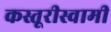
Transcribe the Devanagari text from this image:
कस्तूरीस्वामी